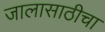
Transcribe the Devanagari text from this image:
जालासाठीचा